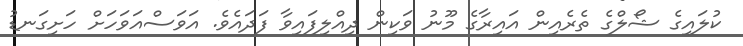
ކުލައިގެ ޝޯލްގެ ތެރެއިން އައިރާގެ މޫނު ވަކިން ދިއްލިފައިވާ ފަދައެވެ. އަވަސްއަވަހަށް ހަށިގަނޑު